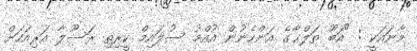
މާނައަކީ : "އަބޫ ޠަލްޙާގެ އަންހެނުން އުއްމު ސުލައިމް ކީރިތި ރަސޫލާ އަރިއަހަށް